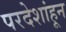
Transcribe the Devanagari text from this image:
परदेशांहून